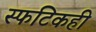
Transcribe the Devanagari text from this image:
स्फटिकही